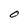
Character: O